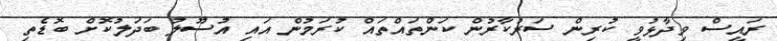
ރައީސް ވިދާޅުވީ ކުރިން ސަރުކާރުން ކަންތައްތައް ކުރަމުން އައި އުސޫލު ބަދަލުކޮށް ބޮޑެތި